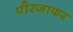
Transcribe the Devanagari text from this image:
पीरजाफर